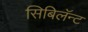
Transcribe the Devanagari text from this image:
सिबिलॅन्ट